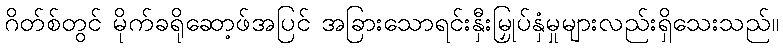
ဂိတ်စ်တွင် မိုက်ခရိုဆော့ဖ်အပြင် အခြားသောရင်းနှီးမြှုပ်နှံမှုများလည်းရှိသေးသည်။